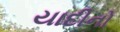
યાદીનો